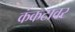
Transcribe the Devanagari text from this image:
कंकटावर